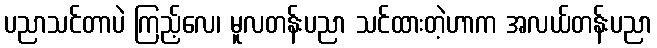
ပညာသင်တာပဲ ကြည့်လေ၊ မူလတန်းပညာ သင်ထားတဲ့ဟာက အလယ်တန်းပညာ